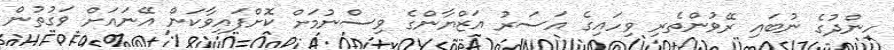
ހިންދުގެ ނުބައި ރޭވުންތެރި ވިހައިގެ އަސަރު އަޒްޔާންގެ ވިސްނުމަށް ކޮށްފައިވާކަން އޭނައަށް ވަގުތުން